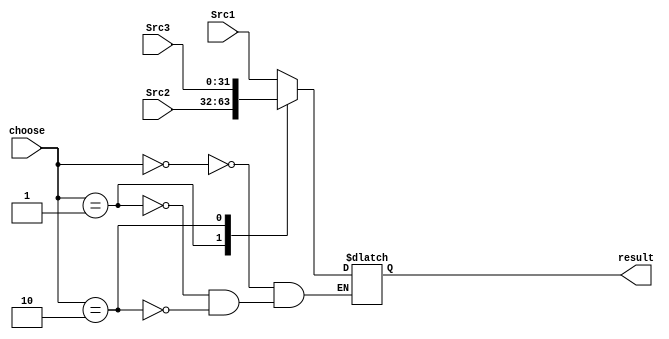
module MUX3to1(
    input [31:0] Src1,
    input [31:0] Src2,
    input [31:0] Src3,
    input [1:0] choose,
    output reg [31:0]result
);

always@(*)
begin
    case(choose)
        2'b00:result = Src1;
        2'b01:result = Src2;
        2'b10:result = Src3;
        default:;
    endcase
end

endmodule